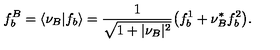
f _ { b } ^ { B } = \langle \nu _ { B } \vert f _ { b } \rangle = { \frac { 1 } { \sqrt { 1 + \vert \nu _ { B } \vert ^ { 2 } } } } \bigl ( f _ { b } ^ { 1 } + \nu _ { B } ^ { * } f _ { b } ^ { 2 } \bigr ) .